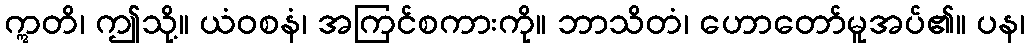
ဣတိ၊ ဤသို့။ ယံဝစနံ၊ အကြင်စကားကို။ ဘာသိတံ၊ ဟောတော်မူအပ်၏။ ပန၊